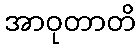
အာဝုတာတိ